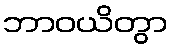
ဘာဝယိတွာ